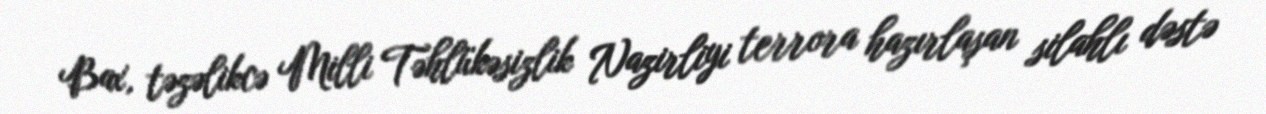
Bax, təzəlikcə Milli Təhlükəsizlik Nazirliyi terrora hazırlaşan silahlı dəstə